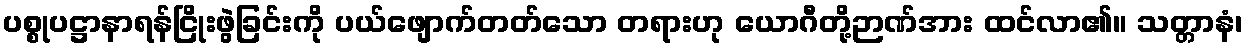
ပစ္စုပဋ္ဌာနာရန်ငြိုးဖွဲခြင်းကို ပယ်ဖျောက်တတ်သော တရားဟု ယောဂီတို့ဉာဏ်အား ထင်လာ၏။ သတ္တာနံ၊